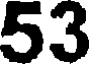
53